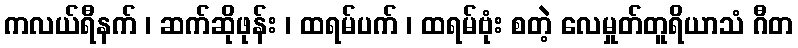
ကလယ်ရီနက် ၊ ဆက်ဆိုဖုန်း ၊ ထရမ်ပက် ၊ ထရမ်ဗုံး စတဲ့ လေမှုတ်တူရိယာသံ ဂီတ